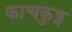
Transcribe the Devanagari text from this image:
काचकुड्म